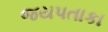
જયપતાકા